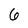
Character: 6